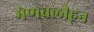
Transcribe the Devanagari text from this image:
मेणवलीहून